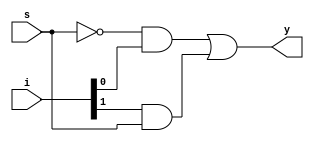
`timescale 1ns / 1ps
//////////////////////////////////////////////////////////////////////////////////
// Company: 
// Engineer: 
// 
// Design Name: 
// Module Name: four_to_onemux
// Project Name: 
// Target Devices: 
// Tool Versions: 
// Description: 
// 
// Dependencies: 
// 
// Revision:
// Revision 0.01 - File Created
// Additional Comments:
// 
//////////////////////////////////////////////////////////////////////////////////
module two_to_onemux(i,s,y);
input [1:0]i;
input s;
output  y;
wire [2:0]w;
not g1(w[0],s);
and g2(w[1],w[0],i[0]);
and g3(w[2],i[1],s);
or g4(y,w[1],w[2]);
endmodule

module four_to_onemux(i,s,y );
input [3:0]i;
input [1:0]s;
output y;
wire [1:0]p;

 two_to_onemux t1(i[1:0],s[0],p[0]);
 two_to_onemux t2(i[3:2],s[0],p[1]);
 two_to_onemux t3(p[1:0],s[1],y);
 



endmodule